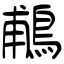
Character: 鵏